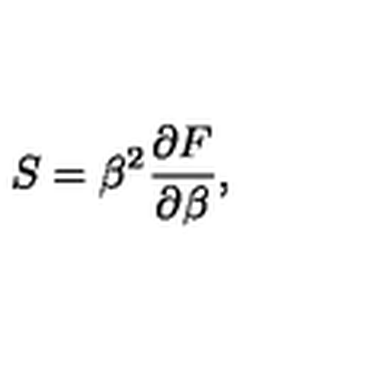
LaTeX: S = \beta ^ { 2 } { \frac { \partial F } { \partial \beta } } , ~